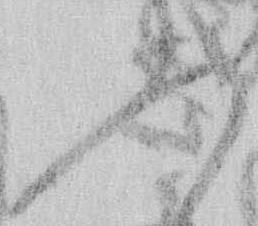
ふ